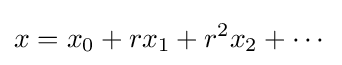
x=x_{0}+rx_{1}+r^{2}x_{2}+\cdots